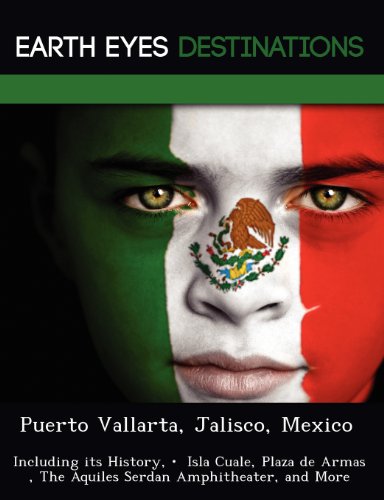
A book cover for Puerto Vallarta, Jalisco, Mexico: Including its History,   Isla Cuale, Plaza de Armas , The Aquiles Serdan Amphitheater, and More; Dave Knight; Travel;